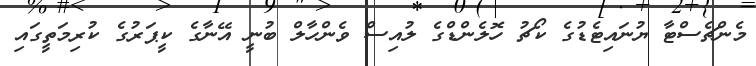
މެންޗެސްޓާ ޔުނައިޓެޑުގެ ކޯޗު ހޮލެންޑްގެ ލުއިސް ވެންހާލް ބުނީ އޭނާގެ ކީޕަރުގެ ކުރިމަތީގައި